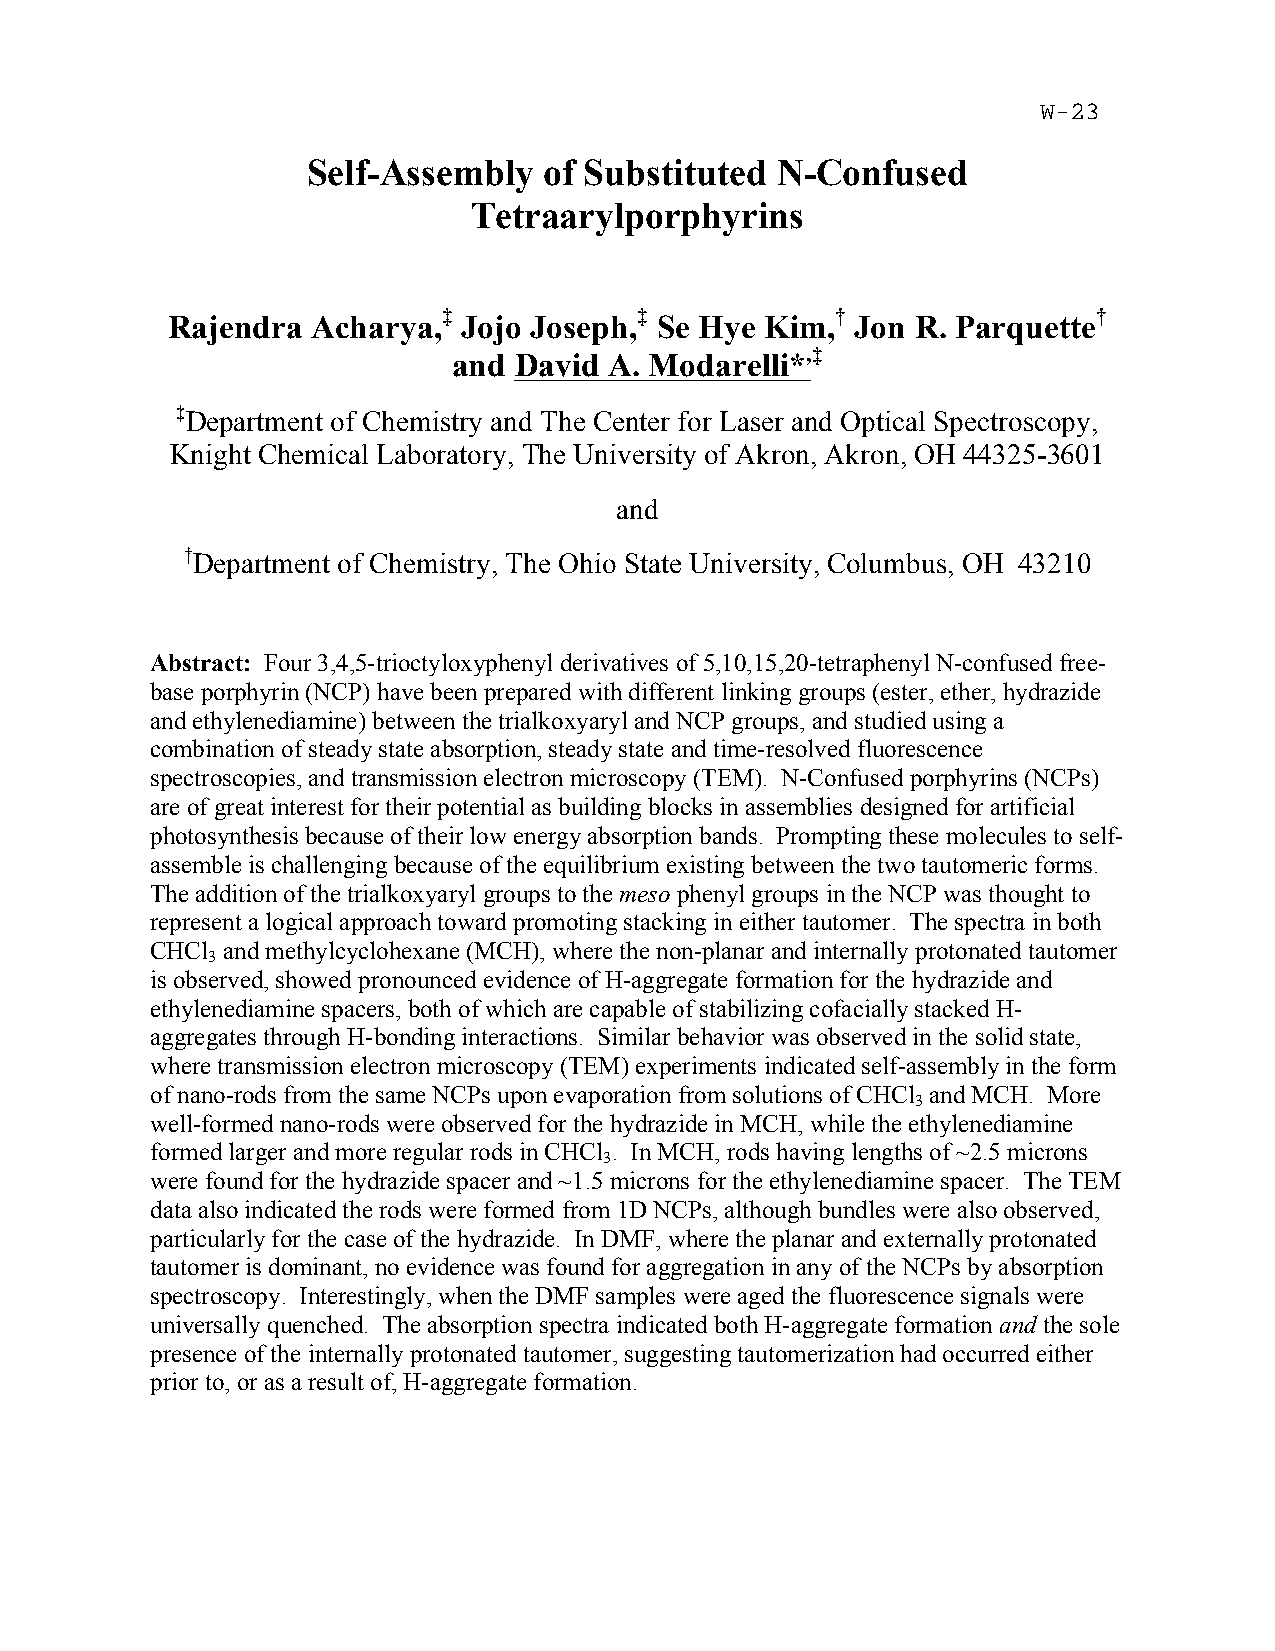
Self-Assembly   of Substituted N-Confused
 Tetraarylporphyrins
 ‡            ‡            †                 †
 Rajendra  Acharya,  Jojo Joseph, Se Hye Kim,  Jon R. Parquette
 ,‡
 and David A. Modarelli*
 ‡Department of Chemistry and The Center for Laser and Optical Spectroscopy,
 Knight Chemical Laboratory, The University of Akron, Akron, OH 44325-3601
 and
 †Department of Chemistry, The Ohio State University, Columbus, OH 43210
 Abstract: Four 3,4,5-trioctyloxyphenyl derivatives of 5,10,15,20-tetraphenyl N-confused free-
 base porphyrin (NCP) have been prepared with different linking groups (ester, ether, hydrazide
 and ethylenediamine) between the trialkoxyaryl and NCP groups, and studied using a
 combination of steady state absorption, steady state and time-resolved fluorescence
 spectroscopies, and transmission electron microscopy (TEM). N-Confused porphyrins (NCPs)
 are of great interest for their potential as building blocks in assemblies designed for artificial
 photosynthesis because of their low energy absorption bands. Prompting these molecules to self-
 assemble is challenging because of the equilibrium existing between the two tautomeric forms.
 The addition of the trialkoxyaryl groups to the meso phenyl groups in the NCP was thought to
 represent a logical approach toward promoting stacking in either tautomer. The spectra in both
 CHCl and methylcyclohexane (MCH), where the non-planar and internally protonated tautomer
 3
 is observed, showed pronounced evidence of H-aggregate formation for the hydrazide and
 ethylenediamine spacers, both of which are capable of stabilizing cofacially stacked H-
 aggregates through H-bonding interactions. Similar behavior was observed in the solid state,
 where transmission electron microscopy (TEM) experiments indicated self-assembly in the form
 of nano-rods from the same NCPs upon evaporation from solutions of CHCl and MCH. More
 3
 well-formed nano-rods were observed for the hydrazide in MCH, while the ethylenediamine
 formed larger and more regular rods in CHCl . In MCH, rods having lengths of ~2.5 microns
 3
 were found for the hydrazide spacer and ~1.5 microns for the ethylenediamine spacer. The TEM
 data also indicated the rods were formed from 1D NCPs, although bundles were also observed,
 particularly for the case of the hydrazide. In DMF, where the planar and externally protonated
 tautomer is dominant, no evidence was found for aggregation in any of the NCPs by absorption
 spectroscopy. Interestingly, when the DMF samples were aged the fluorescence signals were
 universally quenched. The absorption spectra indicated both H-aggregate formation and the sole
 presence of the internally protonated tautomer, suggesting tautomerization had occurred either
 prior to, or as a result of, H-aggregate formation.